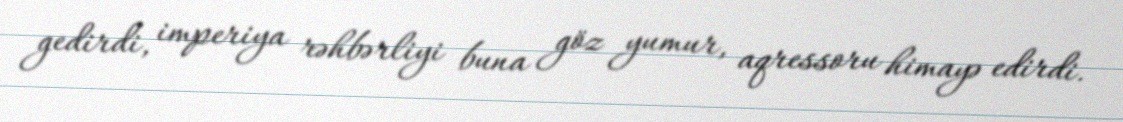
gedirdi, imperiya rəhbərliyi buna göz yumur, aqressoru himayə edirdi.